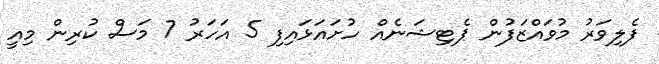
ފެލިވަރު މުވައްޒަފުން ޕެޓިޝަނެއް ހުށައަޅައިފި 5 އަހަރު 7 މަސް ކުރިން މިއީ